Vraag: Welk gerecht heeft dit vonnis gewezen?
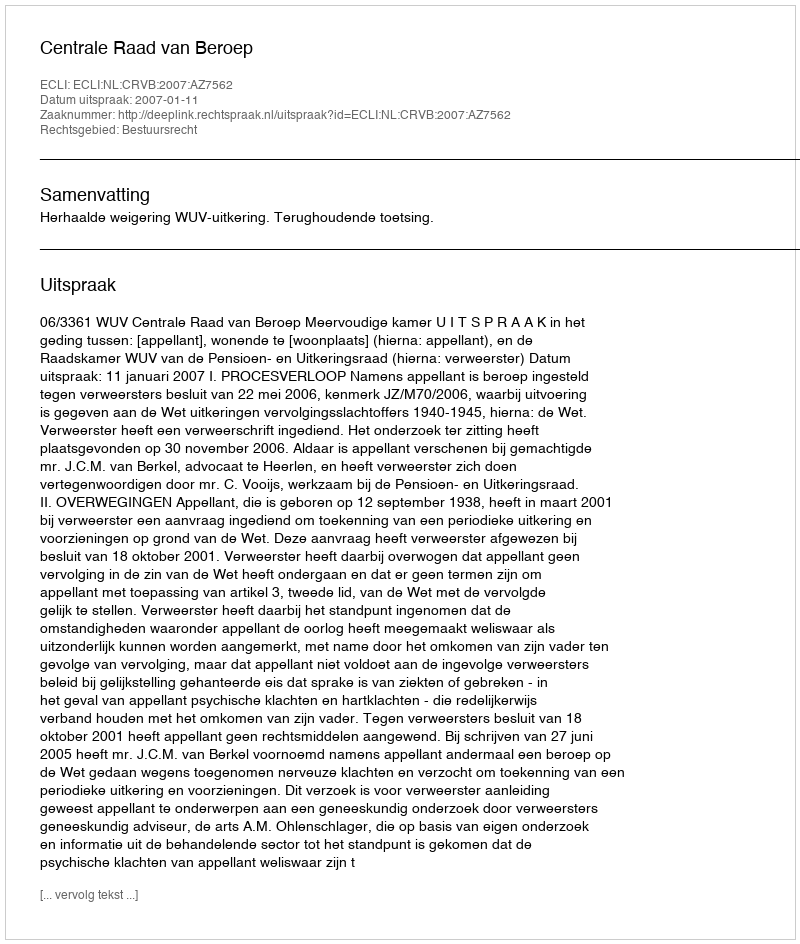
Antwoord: Centrale Raad van Beroep